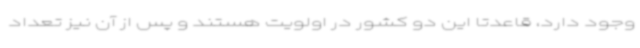
وجود دارد، قاعدتا این دو کشور در اولویت هستند و پس از آن نیز تعداد